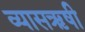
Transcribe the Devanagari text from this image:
व्यासऋषी